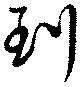
到